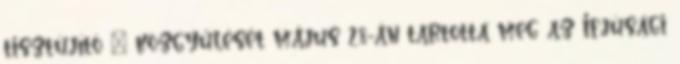
tisztújító – közgyűlését május 28-án tartotta meg az Ifjúsági